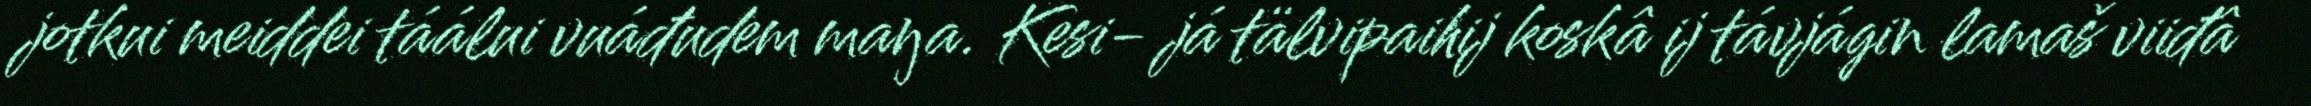
jotkui meiddei táálui vuáđudem maŋa. Kesi- já tälvipaihij koskâ ij távjágin lamaš viiđâ